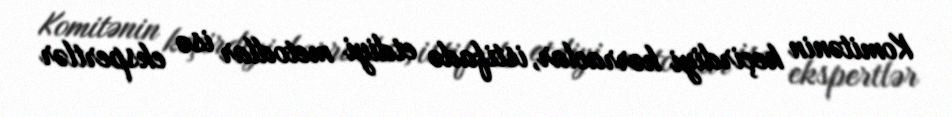
Komitənin keçirdiyi hərraclar, istifadə etdiyi metodlar isə ekspertlər